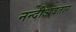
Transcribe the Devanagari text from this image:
नन्दीअवतार